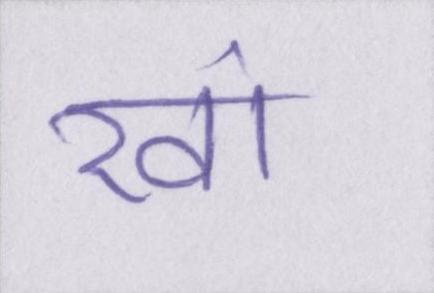
खां